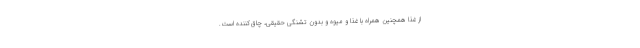
از غذا همچنین همراه با غذا و میوه و بدون تشنگی حقیقی، چاق‌کننده است.